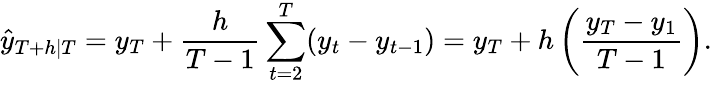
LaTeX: {\hat{y}}_{T+h|T}=y_{T}+{\frac{h}{T-1}}\sum_{t=2}^{T}(y_{t}-y_{t-1})=y_{T}+h\left({\frac{y_{T}-y_{1}}{T-1}}\right).